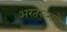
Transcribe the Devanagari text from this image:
अरतख्शत्रे